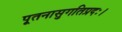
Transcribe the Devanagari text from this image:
पूतनासुगतिप्रदः।